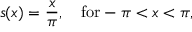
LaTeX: s ( x ) = { \frac { x } { \pi } } , \quad \mathrm { f o r } - \pi < x < \pi ,